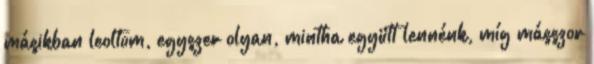
másikban leoltom, egyszer olyan, mintha együtt lennénk, míg másszor